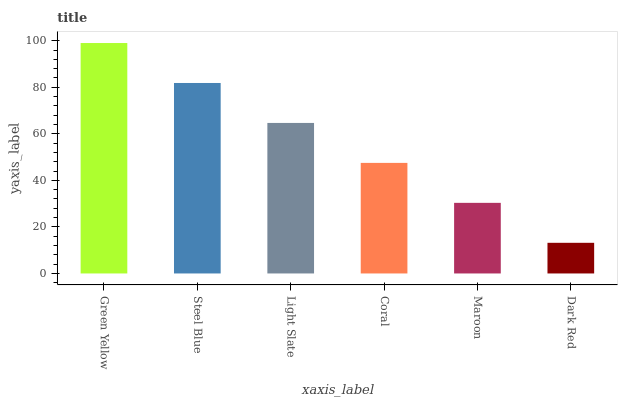
| xaxis_label | bars |
 | --- | --- |
 | Green Yellow | 99 |
 | Steel Blue | 81.8 |
 | Light Slate | 64.7 |
 | Coral | 47.5 |
 | Maroon | 30.3 |
 | Dark Red | 13.2 |